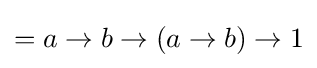
=a\to b\to (a\to b)\to 1